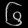
Digit: ၆